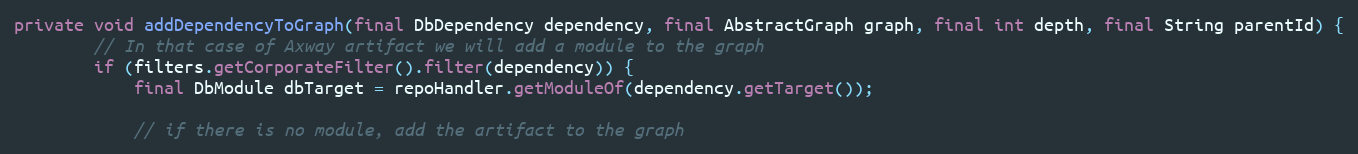
Language: Java
private void addDependencyToGraph(final DbDependency dependency, final AbstractGraph graph, final int depth, final String parentId) {
        // In that case of Axway artifact we will add a module to the graph
        if (filters.getCorporateFilter().filter(dependency)) {
            final DbModule dbTarget = repoHandler.getModuleOf(dependency.getTarget());

            // if there is no module, add the artifact to the graph